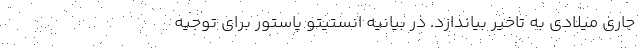
جاری میلادی به تاخیر بیاندازد. در بیانیه انستیتو پاستور برای توجیه